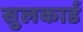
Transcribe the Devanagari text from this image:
सुलकार्ड